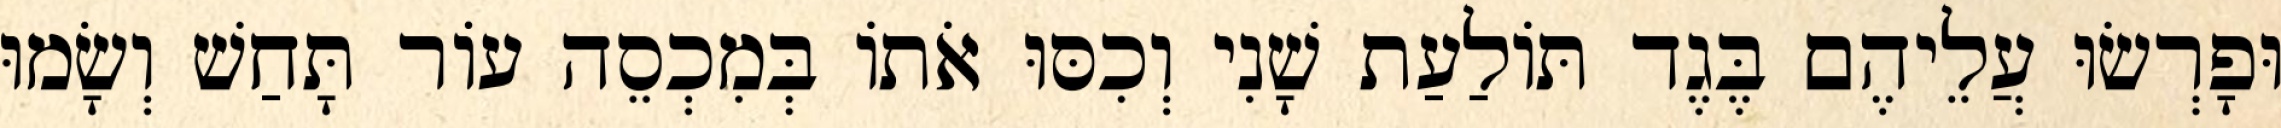
וּפָרְשׂוּ עֲלֵיהֶם בֶּגֶד תּוֹלַעַת שָׁנִי וְכִסּוּ אֹתוֹ בְּמִכְסֵה עוֹר תָּחַשׁ וְשָׂמוּ